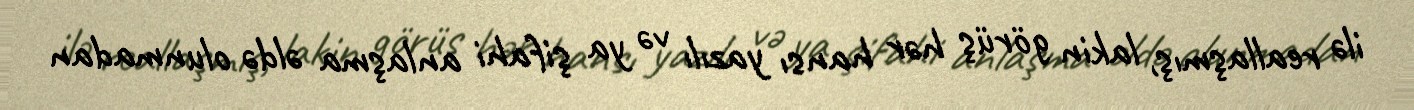
ilə reallaşmış, lakin görüş hər hansı yazılı və ya şifahi anlaşma əldə olunmadan